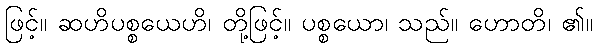
ဖြင့်။ ဆဟိပစ္စယေဟိ၊ တို့ဖြင့်။ ပစ္စယော၊ သည်။ ဟောတိ၊ ၏။